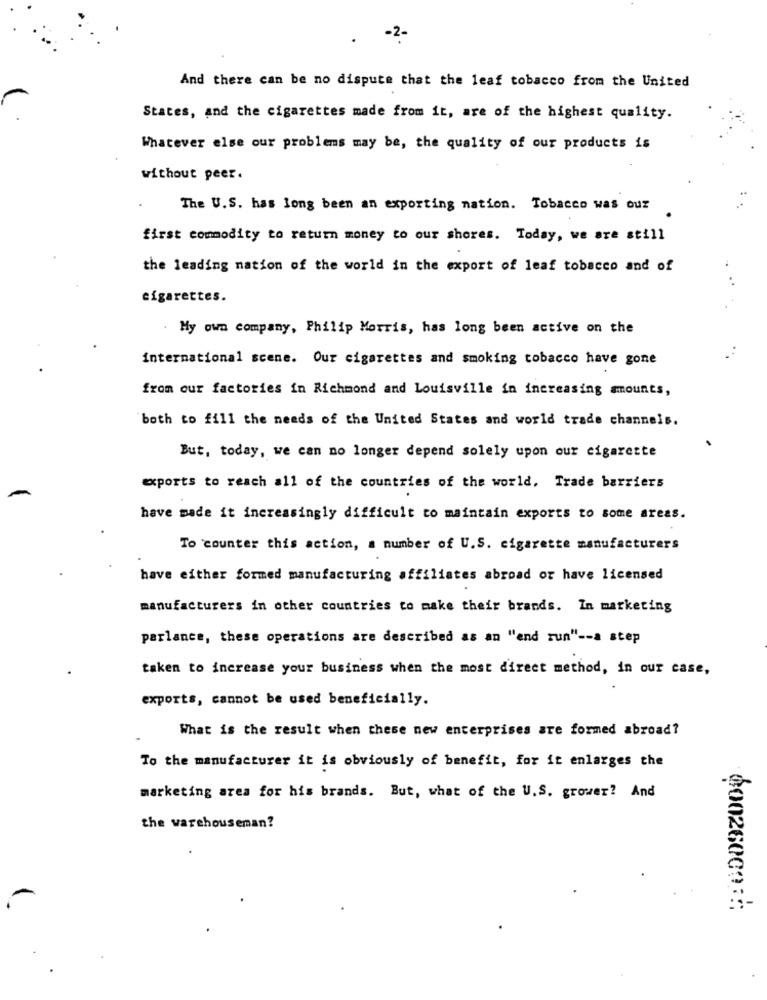
-2-
And there can be no dispute that the leaf tobacco from the United
States, and the cigarettes made from it, are of the highest quality.
Whatever else our problems may be, the quality of our products is
without peer.
The U.S. has long been an exporting nation. Tobacco was our
first commodity to return money to our shores. Today, we are still
the leading nation of the world in the export of leaf tobacco and of
cigarettes.
My own company, Philip Morris, has long been active on the
international scene. Our cigarettes and smoking tobacco have gone
from our factories in Richmond and Louisville in increasing amounts,
both to fill the needs of the United States and world trade channels.
But, today, we can no longer depend solely upon our cigarette
exports to reach all of the countries of the world. Trade barriers
have made it increasingly difficult to maintain exports to some areas.
To counter this action, a number of U.S. cigarette manufacturers
have either formed manufacturing affiliates abroad or have licensed
manufacturers in other countries to make their brands. In marketing
parlance, these operations are described as an "end run" -- a step
taken to increase your business when the most direct method, in our case,
exports, cannot be used beneficially.
What is the result when these new enterprises are formed abroad?
To the manufacturer it is obviously of benefit, for it enlarges the
marketing area for his brands. But, what of the U.S. grower? And
the warehouseman?
60026000 ::